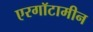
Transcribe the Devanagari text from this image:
एरगॉटामीन